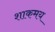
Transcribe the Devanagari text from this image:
शाकमय